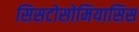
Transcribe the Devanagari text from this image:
सिसटोसोमियासिस